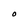
Character: O